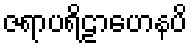
ဇရာပရိဠာဟေနပိ